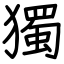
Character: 獨